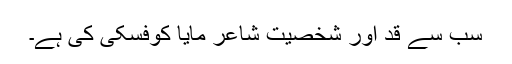
سب سے قد اور شخصیت شاعر مایا کوفسکی کی ہے۔